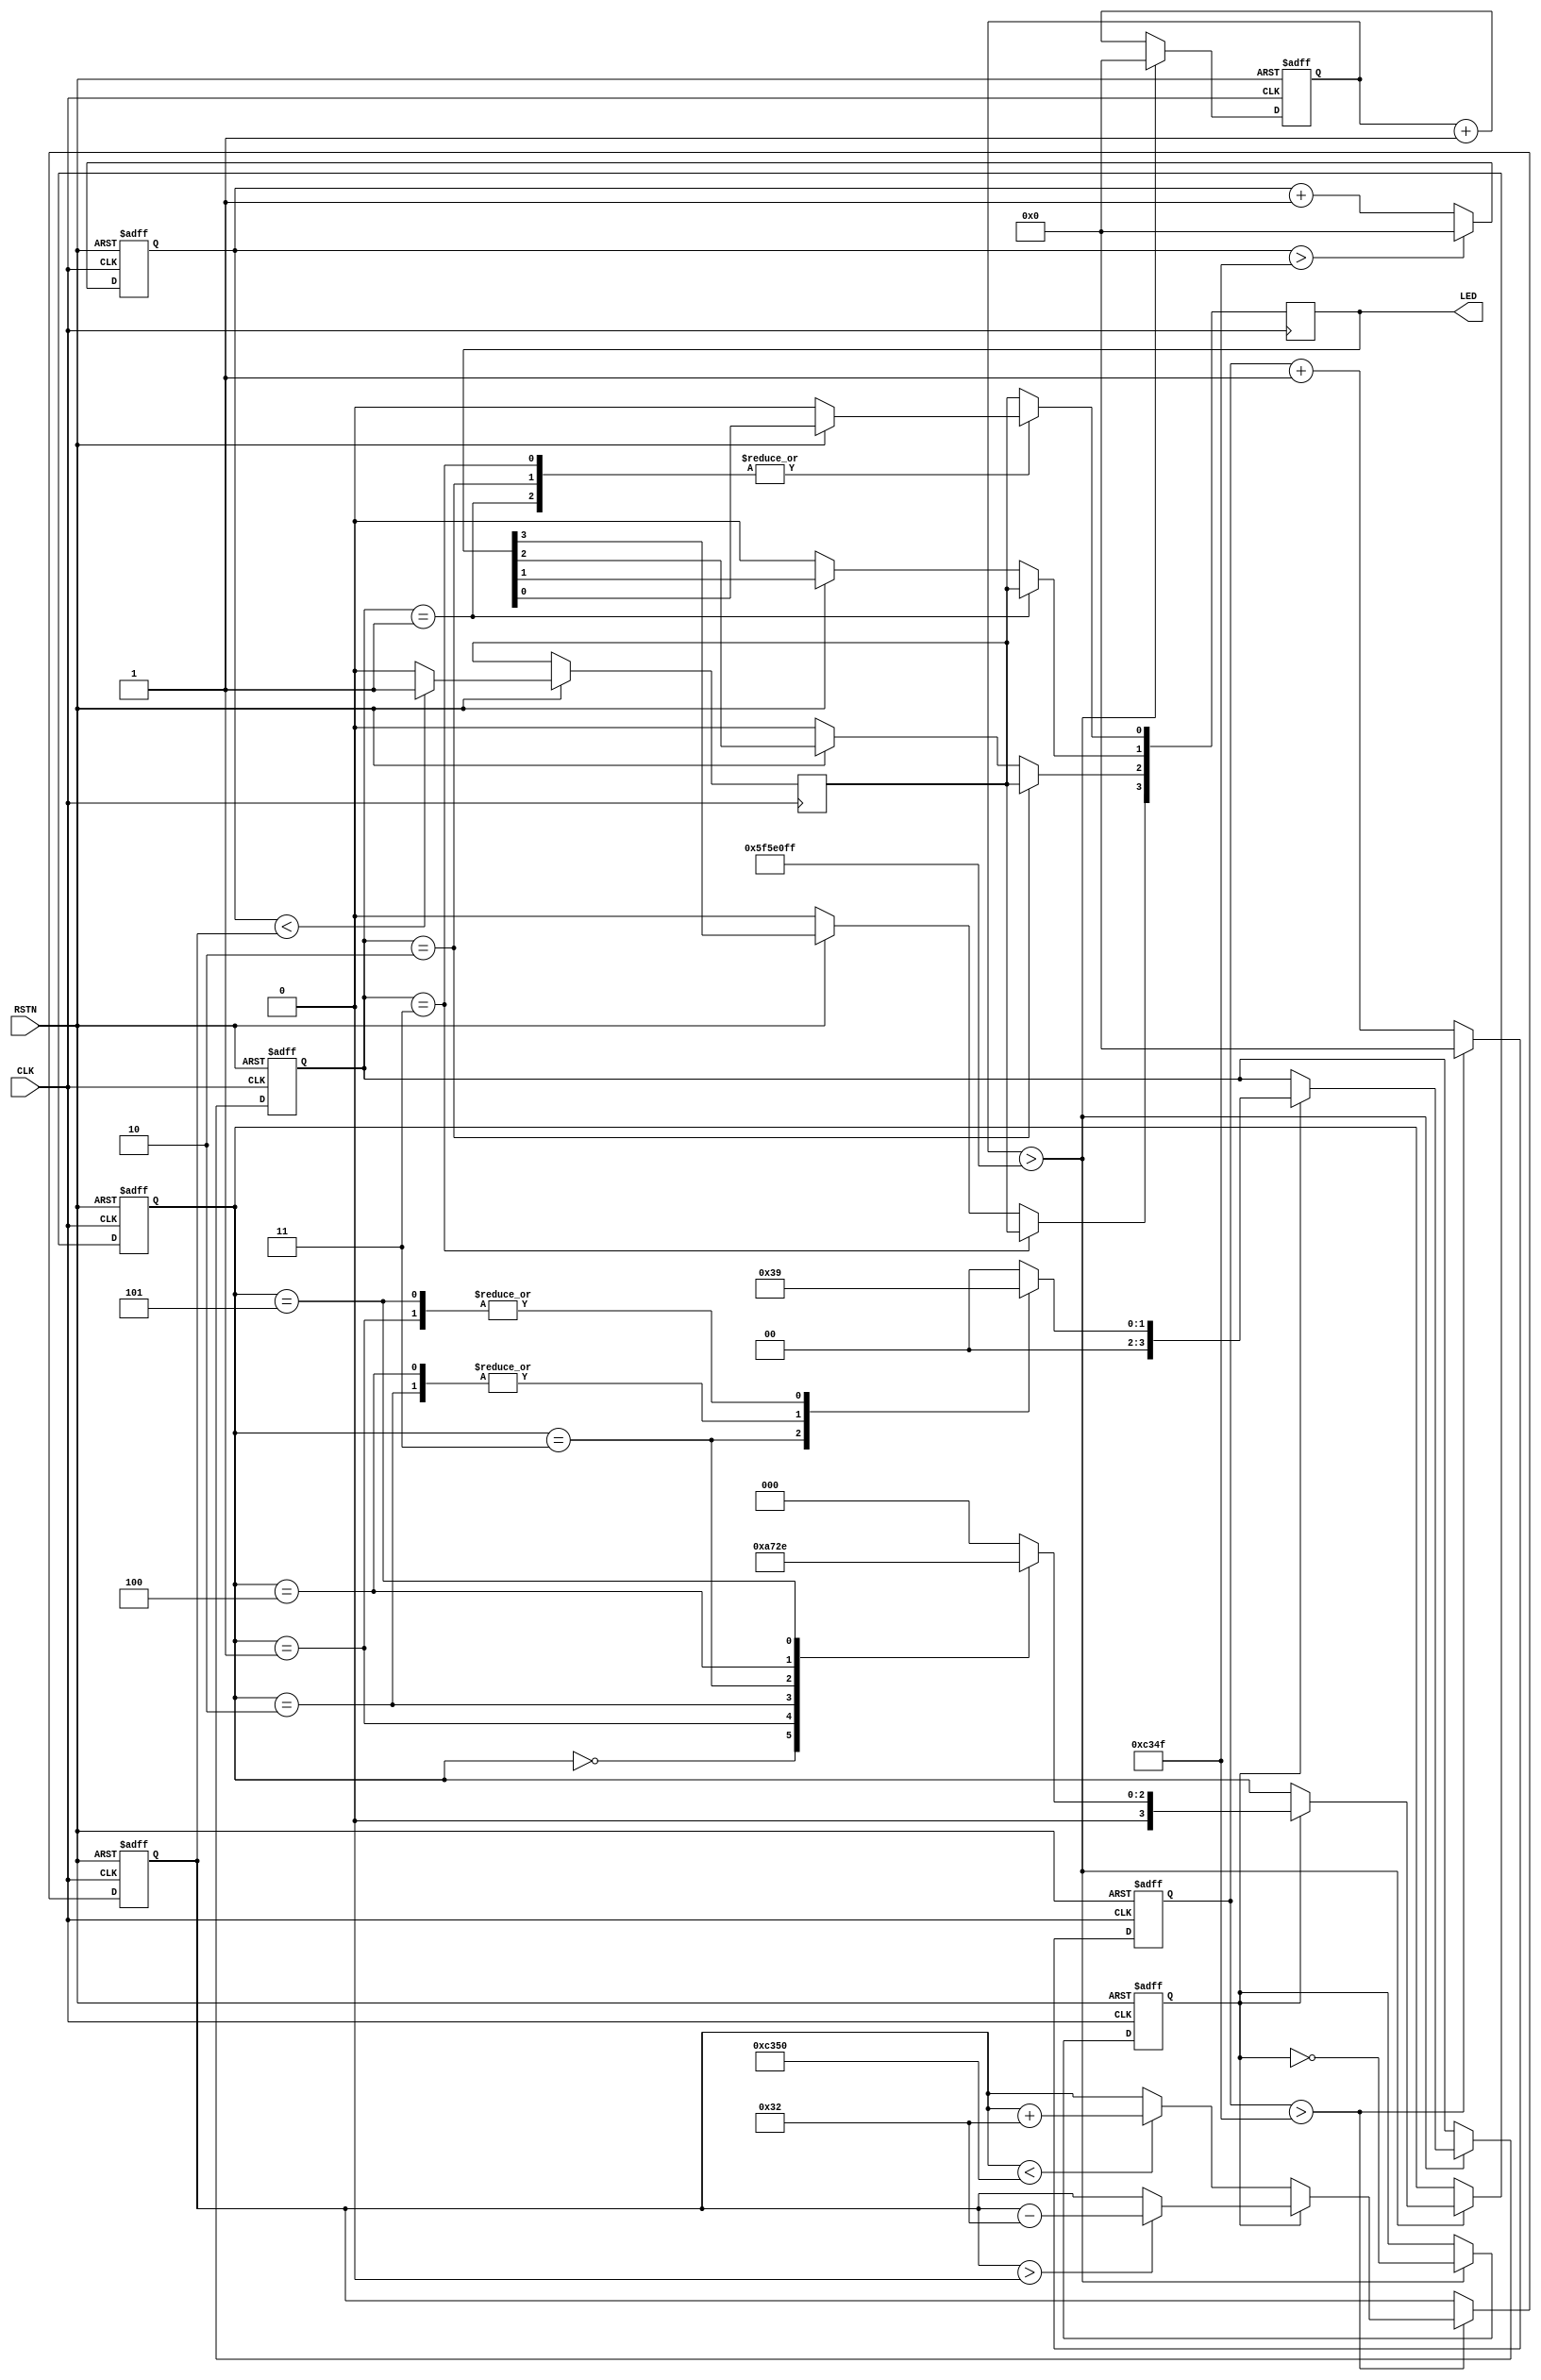
`timescale 1ns / 1ps
//////////////////////////////////////////////////////////////////////////////////
// Company: 
// Engineer: 
// 
// Design Name: 
// Module Name: BREATH_LED
// Project Name: 
// Target Devices: 
// Tool Versions: 
// Description: 
// 
// Dependencies: 
// 
// Revision:
// Revision 0.01 - File Created
// Additional Comments:
// 
//////////////////////////////////////////////////////////////////////////////////


module BREATH_LED #(
	parameter CLOCK_FRQ=50000000, //50M
	parameter PWM_FRQ=1000,//1K
	parameter BREATH_PERIOD=2,//2S
	parameter SET_COMPARE_FRQ=1000,//1K
	parameter PWM_COUNTER_MAX=CLOCK_FRQ/PWM_FRQ,
	parameter BREATH_COUNTER_MAX=CLOCK_FRQ*BREATH_PERIOD,
	parameter SET_COMPARE_COUNTER_MAX=CLOCK_FRQ/SET_COMPARE_FRQ,
	parameter COMPARE_VALUE_STEP=PWM_COUNTER_MAX/SET_COMPARE_FRQ
)
(
	input wire 		 CLK,
	input wire 		 RSTN,
	output wire [3:0] LED
);

reg [31:0] COUNTER_PWM;
reg [31:0] COUNTER_BREATH;
reg [31:0] COUNTER_COMPARE;
reg [31:0] COMPARE_VALUE;
reg PWM_PERIOD_CLK_VIEW;
reg BREATH_PERIOD_CLK_VIEW;
reg COMPARE_PERIOD_CLK_VIEW;
reg [3:0] LED_NUMBER;
reg LED_BREATH_VIEW;
reg BREATH_DIR;
reg [3:0] LED_REG;

assign LED = LED_REG;

//LED OUTPUT
always@(posedge CLK) begin
	if(RSTN == 0)LED_REG <= 0;
    case (LED_NUMBER)
        8'b000 : LED_REG[0] <= LED_BREATH_VIEW;
        8'b001 : LED_REG[1] <= LED_BREATH_VIEW;
        8'b010 : LED_REG[2] <= LED_BREATH_VIEW;
        8'b011 : LED_REG[3] <= LED_BREATH_VIEW;
        default: LED_REG[0] <= LED_BREATH_VIEW;
    endcase
end

//pwm
always @(posedge CLK or negedge RSTN)begin
	if(RSTN==0)begin
		COUNTER_PWM <= 0;
		PWM_PERIOD_CLK_VIEW <= 0;
	end
	else begin
		COUNTER_PWM<=COUNTER_PWM+1;
        if(COUNTER_PWM < COMPARE_VALUE) LED_BREATH_VIEW <= 1;
        else 							LED_BREATH_VIEW <= 0;
    
        if(COUNTER_PWM > PWM_COUNTER_MAX-1) begin
            COUNTER_PWM <= 0;
            PWM_PERIOD_CLK_VIEW <= ~PWM_PERIOD_CLK_VIEW;
        end
	end
end


reg [3:0] LED_NUMBER_STATE;
always @(posedge CLK or negedge RSTN)begin
	if(RSTN==0) begin
		LED_NUMBER <= 0;
		COUNTER_BREATH <= 0;
		BREATH_PERIOD_CLK_VIEW <= 0;
		BREATH_DIR <= 0;
		LED_NUMBER_STATE <= 0;
	end
	else begin
		COUNTER_BREATH <= COUNTER_BREATH+1;
		if(COUNTER_BREATH > BREATH_COUNTER_MAX-1)begin
			COUNTER_BREATH <= 0;
			BREATH_PERIOD_CLK_VIEW <= ~BREATH_PERIOD_CLK_VIEW;
			BREATH_DIR <= ~BREATH_DIR;
			if(BREATH_DIR == 1)begin
				case (LED_NUMBER_STATE)
					0: begin       LED_NUMBER_STATE <= 1; LED_NUMBER <= 0; end
					1: begin       LED_NUMBER_STATE <= 2; LED_NUMBER <= 1; end
					2: begin       LED_NUMBER_STATE <= 3; LED_NUMBER <= 2; end
					3: begin       LED_NUMBER_STATE <= 4; LED_NUMBER <= 3; end
					4: begin       LED_NUMBER_STATE <= 5; LED_NUMBER <= 2; end
					5: begin       LED_NUMBER_STATE <= 6; LED_NUMBER <= 1; end
					6: begin       LED_NUMBER_STATE <= 0; LED_NUMBER <= 0; end
					default: begin LED_NUMBER_STATE <= 0; LED_NUMBER <= 0; end
				endcase
			end
		end
	end
end

always@(posedge CLK or negedge RSTN) begin
	if(RSTN == 0)begin
		COUNTER_COMPARE <= 0;
		COMPARE_PERIOD_CLK_VIEW <= 0;
		COMPARE_VALUE <= 0;
	end
	else begin
		COUNTER_COMPARE <= COUNTER_COMPARE+1;
		if(COUNTER_COMPARE > SET_COMPARE_COUNTER_MAX-1)begin
			COUNTER_COMPARE <= 0;
			if(BREATH_DIR == 0)begin
				if(COMPARE_VALUE < PWM_COUNTER_MAX) COMPARE_VALUE <= COMPARE_VALUE + COMPARE_VALUE_STEP;
		    end
			else if(BREATH_DIR == 1)begin
				if(COMPARE_VALUE > 0) COMPARE_VALUE <= COMPARE_VALUE - COMPARE_VALUE_STEP;
			end
			COMPARE_PERIOD_CLK_VIEW <= ~COMPARE_PERIOD_CLK_VIEW;
		end
	end
end

endmodule